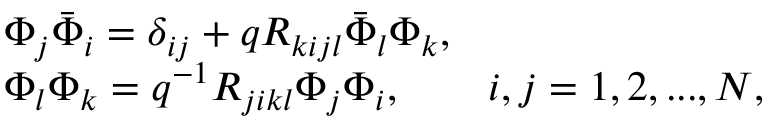
\begin{array} { l } { { \Phi _ { j } \bar { \Phi } _ { i } = \delta _ { i j } + q R _ { k i j l } \bar { \Phi } _ { l } \Phi _ { k } , } } \\ { { \Phi _ { l } \Phi _ { k } = q ^ { - 1 } R _ { j i k l } \Phi _ { j } \Phi _ { i } , \qquad i , j = 1 , 2 , . . . , N , } } \end{array}